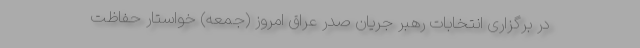
در برگزاری انتخابات رهبر جریان صدر عراق امروز (جمعه) خواستار حفاظت